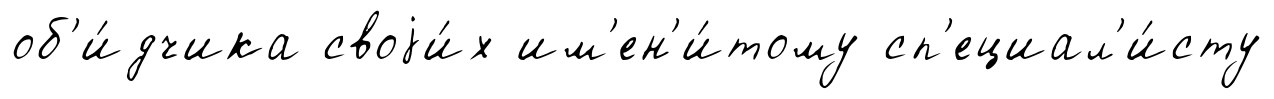
об'и́дчика своjи́х им'ен'и́тому сп'ециал'и́сту